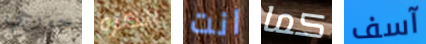
جورجي الكره انت كما آسف